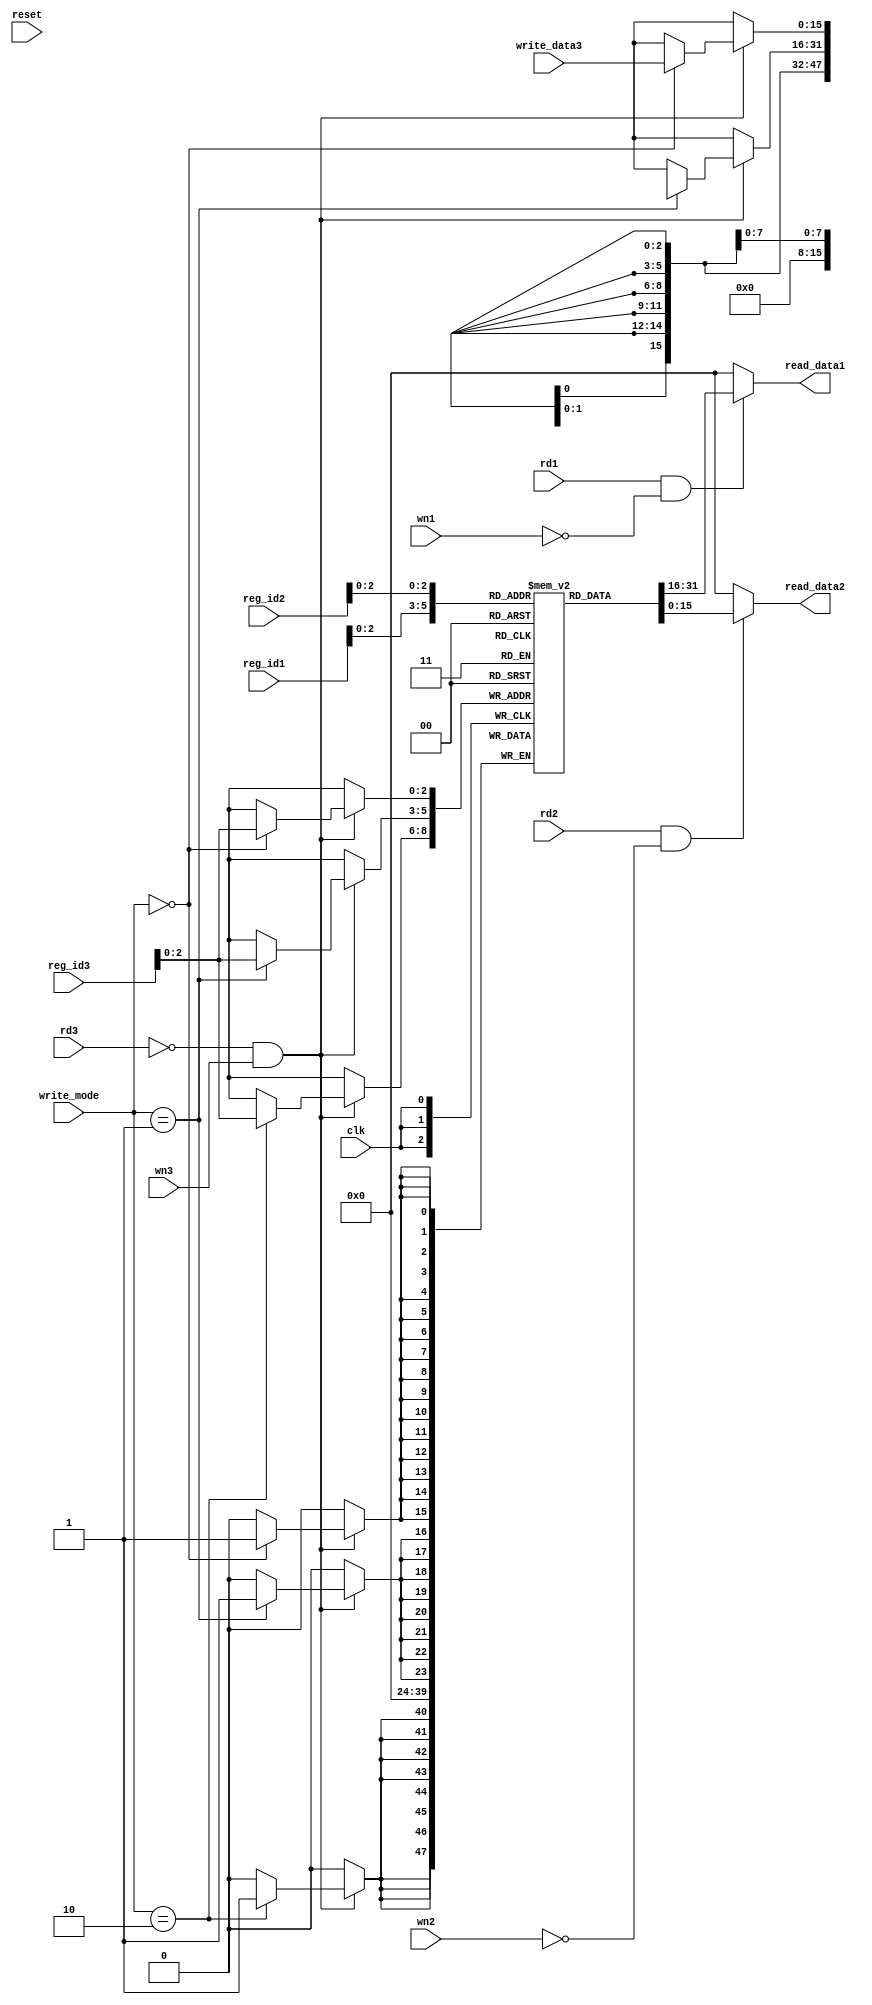
module Register(input wire clk,
                input wire reset,
                input wire rd1,
                input wire wn1,
                input wire rd2,
                input wire wn2,
                input wire rd3,
                input wire wn3,
                input wire [1:0] write_mode,
                input wire [3:0] reg_id1,
                input wire [3:0] reg_id2,
                input wire [3:0] reg_id3,
                input wire [15:0] write_data3,
                output wire [15:0] read_data1,
                output wire [15:0] read_data2);

    reg [15:0] register_memory[7:0];

    assign read_data1 = (rd1 == 1'b1 && wn1 == 1'b0)? register_memory[reg_id1] : 16'h0;
    assign read_data2 = (rd2 == 1'b1 && wn2 == 1'b0)? register_memory[reg_id2] : 16'h0;

    // integer i;
    //
    // initial begin
    //   for(i=0; i< 16; i++) begin
    //     register_memory[i] = i+5;
    //   end
    // end

    always @ (posedge clk) begin
        if (rd3 == 1'b0 && wn3 == 1'b1)  begin
            case (write_mode)
              2'b00: register_memory[reg_id3]       = write_data3;
              2'b01: register_memory[reg_id3][7:0]  = write_data[7:0];
              2'b10: register_memory[reg_id3][15:8] = write_data[7:0];
            endcase
        end
    end

endmodule